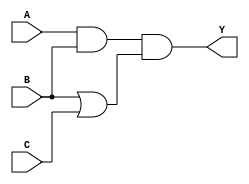
module multi_level_logic_block (
    input wire A,    // Input variable A
    input wire B,    // Input variable B
    input wire C,    // Input variable C
    output wire Y    // Output variable Y
);

// Intermediate nodes
wire not_A;        // Intermediate node for NOT A
wire and_AB;       // Intermediate node for AND of A and B
wire or_BC;        // Intermediate node for OR of B and C
wire and_intermediate; // Intermediate node for AND of intermediate signals

// Logic Functions
// Step 1: NOT A
not u1 (not_A, A);

// Step 2: AND of A and B
and u2 (and_AB, A, B);

// Step 3: OR of B and C
or u3 (or_BC, B, C);

// Step 4: AND of intermediate nodes (AND of AND and OR)
and u4 (and_intermediate, and_AB, or_BC);

// Final Output
assign Y = and_intermediate;

endmodule